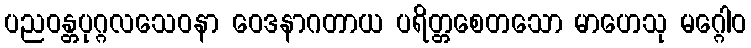
ပညဝန္တပုဂ္ဂလသေဝနာ ဝေဒနာဂတာယ ပရိတ္တစေတသော မာဟေသု မဂ္ဂေါဝ